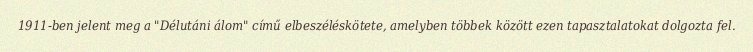
1911-ben jelent meg a "Délutáni álom" című elbeszéléskötete, amelyben többek között ezen tapasztalatokat dolgozta fel.